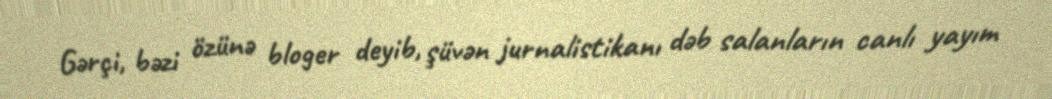
Gərçi, bəzi özünə bloger deyib, şüvən jurnalistikanı dəb salanların canlı yayım